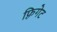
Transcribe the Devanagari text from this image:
फ़्रिगेट